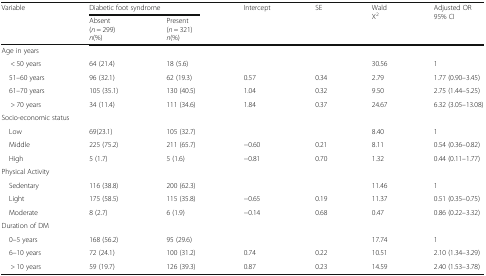
<table><thead><tr><td rowspan="2"><b>Variable</b></td><td colspan="2"><b>Diabetic foot syndrome</b></td><td rowspan="2"><b>Intercept</b></td><td rowspan="2"><b>SE</b></td><td rowspan="2"><b>Wald X<sup>2</sup></b></td><td rowspan="2"><b>Adjusted OR95% CI</b></td></tr><tr><td><b>Absent(<i>n</i> = 299)<i>n</i>(%)</b></td><td><b>Present(<i>n</i> = 321)<i>n</i>(%)</b></td></tr></thead><tbody><tr><td colspan="7">Age in years</td></tr><tr><td>&lt; 50 years</td><td>64 (21.4)</td><td>18 (5.6)</td><td></td><td></td><td>30.56</td><td>1</td></tr><tr><td> 51–60 years</td><td>96 (32.1)</td><td>62 (19.3)</td><td>0.57</td><td>0.34</td><td>2.79</td><td>1.77 (0.90–3.45)</td></tr><tr><td> 61–70 years</td><td>105 (35.1)</td><td>130 (40.5)</td><td>1.04</td><td>0.32</td><td>9.50</td><td>2.75 (1.44–5.25)</td></tr><tr><td>&gt; 70 years</td><td>34 (11.4)</td><td>111 (34.6)</td><td>1.84</td><td>0.37</td><td>24.67</td><td>6.32 (3.05–13.08)</td></tr><tr><td colspan="7">Socio-economic status</td></tr><tr><td> Low</td><td>69(23.1)</td><td>105 (32.7)</td><td></td><td></td><td>8.40</td><td>1</td></tr><tr><td> Middle</td><td>225 (75.2)</td><td>211 (65.7)</td><td>−0.60</td><td>0.21</td><td>8.11</td><td>0.54 (0.36–0.82)</td></tr><tr><td> High</td><td>5 (1.7)</td><td>5 (1.6)</td><td>−0.81</td><td>0.70</td><td>1.32</td><td>0.44 (0.11–1.77)</td></tr><tr><td colspan="7">Physical Activity</td></tr><tr><td> Sedentary</td><td>116 (38.8)</td><td>200 (62.3)</td><td></td><td></td><td>11.46</td><td>1</td></tr><tr><td> Light</td><td>175 (58.5)</td><td>115 (35.8)</td><td>−0.65</td><td>0.19</td><td>11.37</td><td>0.51 (0.35–0.75)</td></tr><tr><td> Moderate</td><td>8 (2.7)</td><td>6 (1.9)</td><td>−0.14</td><td>0.68</td><td>0.47</td><td>0.86 (0.22–3.32)</td></tr><tr><td colspan="7">Duration of DM</td></tr><tr><td> 0–5 years</td><td>168 (56.2)</td><td>95 (29.6)</td><td></td><td></td><td>17.74</td><td>1</td></tr><tr><td> 6–10 years</td><td>72 (24.1)</td><td>100 (31.2)</td><td>0.74</td><td>0.22</td><td>10.51</td><td>2.10 (1.34–3.29)</td></tr><tr><td>&gt; 10 years</td><td>59 (19.7)</td><td>126 (39.3)</td><td>0.87</td><td>0.23</td><td>14.59</td><td>2.40 (1.53–3.78)</td></tr></tbody></table>